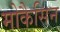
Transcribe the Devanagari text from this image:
मोकैसिन